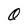
Character: 0